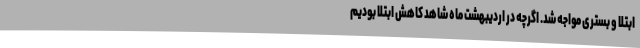
ابتلا و بستری مواجه شد. اگرچه در اردیبهشت ماه شاهد کاهش ابتلا بودیم